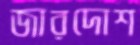
জারদোশ